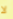
لا